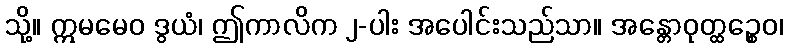
သို့။ ဣမမေဝ ဒွယံ၊ ဤကာလိက ၂-ပါး အပေါင်းသည်သာ။ အန္တောဝုတ္ထဉ္စေဝ၊